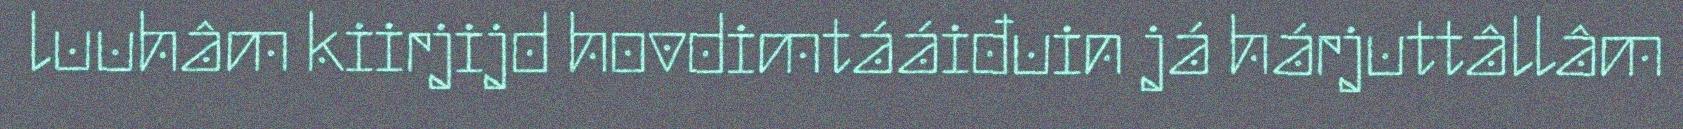
luuhâm kiirjijd hovdimtááiđuin já hárjuttâllâm